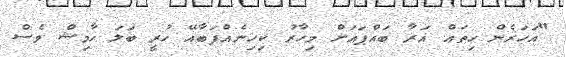
"އަހަރެން ހިތައް އަރާ ބައްޕައަށް މިހާރު ކިހިނެއްފަބާއޭ ހުރީ ބަލަ ހާމިޝް ވެސް